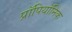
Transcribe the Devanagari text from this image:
प्रॉपियॉनिक